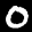
Label: 0